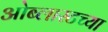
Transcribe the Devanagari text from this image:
ओब्लास्टच्या